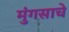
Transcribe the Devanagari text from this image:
मुंगसाचे